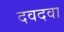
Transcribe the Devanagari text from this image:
दवदवा